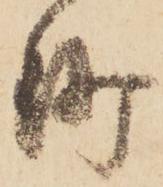
沙